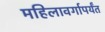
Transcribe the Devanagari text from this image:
महिलावर्गापर्यंत